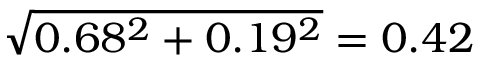
\sqrt { 0 . 6 8 ^ { 2 } + 0 . 1 9 ^ { 2 } } = 0 . 4 2